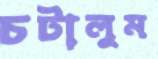
চটালুম